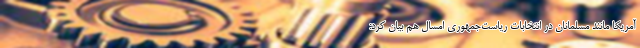
آمریکا مانند مسلمانان در انتخابات ریاست‌جمهوری امسال هم بیان کرد: